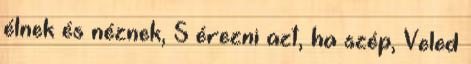
élnek és néznek, S érezni azt, ha szép, Veled